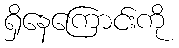
ရှိနေကြောင်းကို